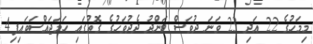
މިމަހުގެ 22 އަދި 23 ވަނަ ދުވަސް ބަންދު ދެދުވަހުގެ ގޮތުގައި ހަމަޖައްސަވައިފި4